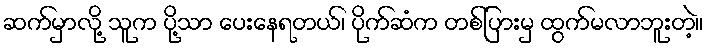
ဆက်မှာလို့ သူက ပို့သာ ပေးနေရတယ်၊ ပိုက်ဆံက တစ်ပြားမှ ထွက်မလာဘူးတဲ့။